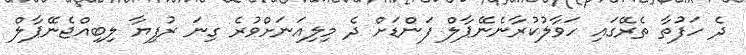
ދެ ހަފުތާ ތެރޭގައި ހަވާލުކުރާނެނޭޕާލް ފަންޑަށް ދެ މިލިއަނަށްވުރެ ގިނަ ރުފިޔާ ލިބިއްޖެނޭޕާލް